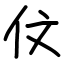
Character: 伩